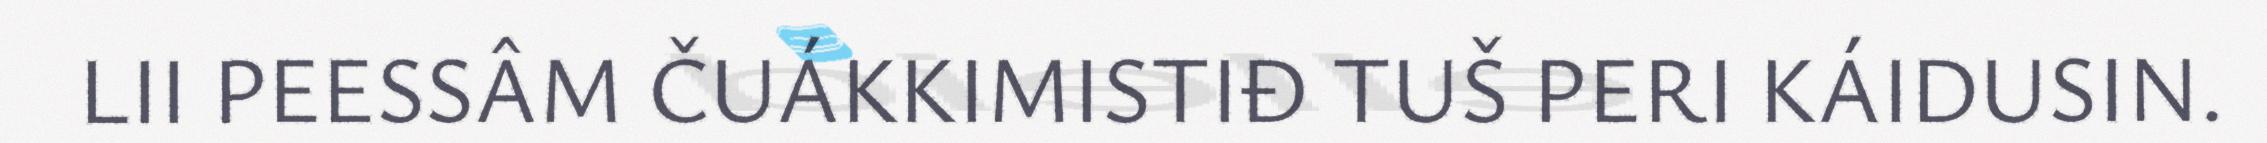
LII PEESSÂM ČUÁKKIMISTIĐ TUŠ PERI KÁIDUSIN.